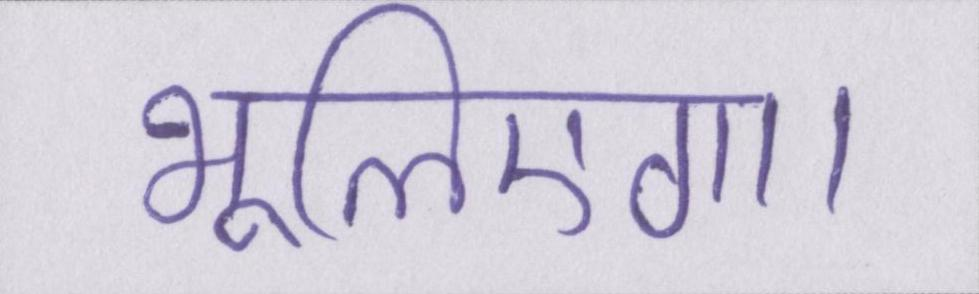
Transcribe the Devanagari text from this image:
भूलिएगा।